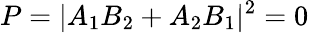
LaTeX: P=|A_{1}B_{2}+A_{2}B_{1}|^{2}=0